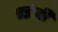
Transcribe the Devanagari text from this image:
एईजी